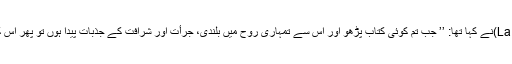
سترہویں صدی کے ایک فرانسیسی نقاد لابروئے (La brayere)نے کہا تھا: ’’ جب تم کوئی کتاب پڑھو اور اس سے تمہاری روح میں بلندی، جرأت اور شرافت کے جذبات پیدا ہوں تو پھر اس کی خوبی جانچنے کے لئے کسی اور معیار کی حاجت نہیں ‘‘۔